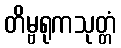
တိမ္ဗရုကသုတ္တံ